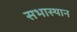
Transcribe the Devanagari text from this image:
सभास्थान